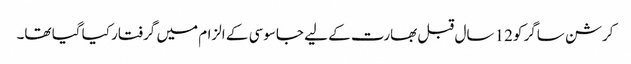
کرشن ساگر کو12 سال قبل بھارت کے لیے جاسوسی کے الزام میں گرفتار کیا گیا تھا۔